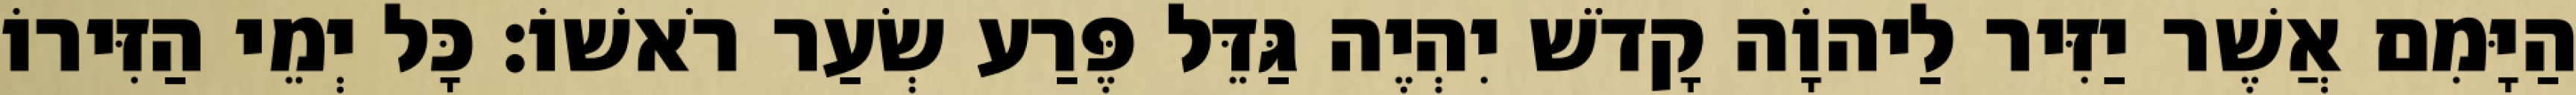
הַיָּמִם אֲשֶׁר יַזִּיר לַיהוָֹה קָדֹשׁ יִהְיֶה גַּדֵּל פֶּרַע שְׂעַר רֹאשׁוֹ׃ כָּל יְמֵי הַזִּירוֹ